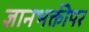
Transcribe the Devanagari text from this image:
ज्ञानभक्तीपर